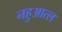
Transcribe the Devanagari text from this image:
नहुआत्ल